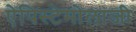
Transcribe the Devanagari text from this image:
ऐपिस्टेमोलाजी